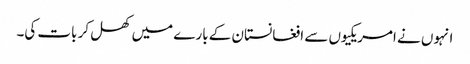
انہوں نے امریکیوں سے افغانستان کے بارے میں کھل کر بات کی۔